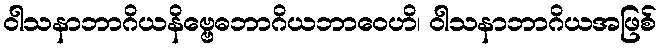
ဝါသနာဘာဂိယနိဗ္ဗေဓဘာဂိယဘာဝေဟိ၊ ဝါသနာဘာဂိယအဖြစ်